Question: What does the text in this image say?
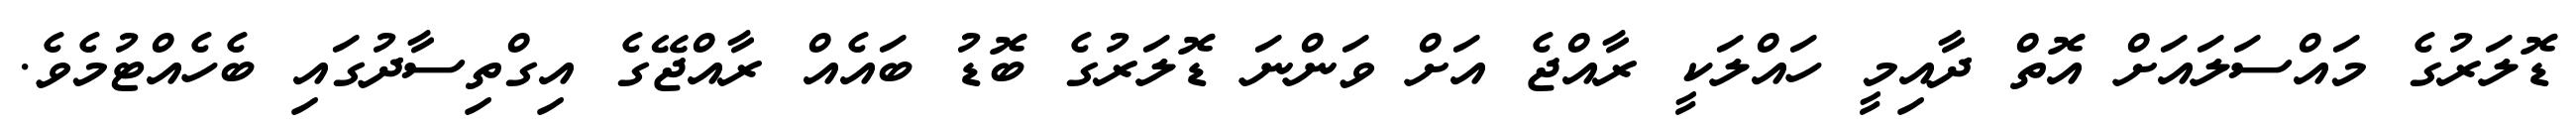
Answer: ޑޮލަރުގެ މައްސަލައަށް އޮތް ދާއިމީ ހައްލަކީ ރާއްޖެ އަށް ވަންނަ ޑޮލަރުގެ ބޮޑު ބައެއް ރާއްޖޭގެ އިގްތިސާދުގައި ބެހެއްޓުމެވެ.